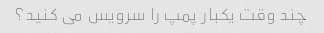
چند وقت یکبار پمپ را سرویس می کنید؟